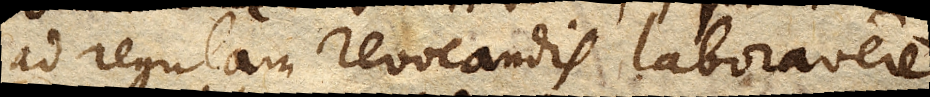
ad regulam revocandis laboravere.